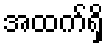
အထက်ရှိ